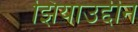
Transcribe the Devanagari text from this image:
झियाउद्दीन